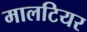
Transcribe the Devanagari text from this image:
मालटियर